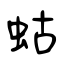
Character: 蛄